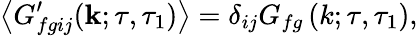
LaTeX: \left\langle G_{fgij}^{\prime}(\mathbf{k};\tau,\tau_{1})\right\rangle=\delta_{ij}G_{fg}\left(k;\tau,\tau_{1}\right),